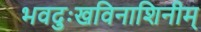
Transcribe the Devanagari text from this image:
भवदुःखविनाशिनीम्